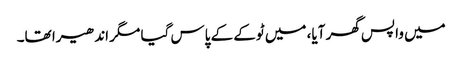
میں واپس گھر آیا، میں ٹوکے کے پاس گیا مگر اندھیرا تھا۔